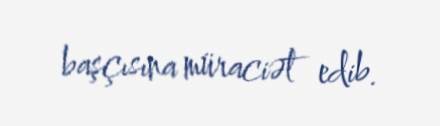
başçısına müraciət edib.